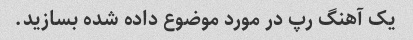
یک آهنگ رپ در مورد موضوع داده شده بسازید.